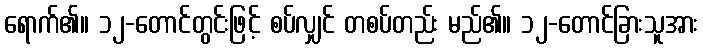
ရောက်၏။ ၁၂-တောင်တွင်းဖြင့် စပ်လျှင် တစပ်တည်း မည်၏။ ၁၂-တောင်ခြားသူအား